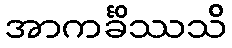
အာကင်္ခိဿသိ